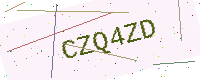
Text: CZQ4ZD